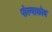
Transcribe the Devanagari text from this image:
पोल्याकोव